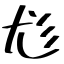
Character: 尨